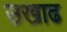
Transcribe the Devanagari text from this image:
उखाढ